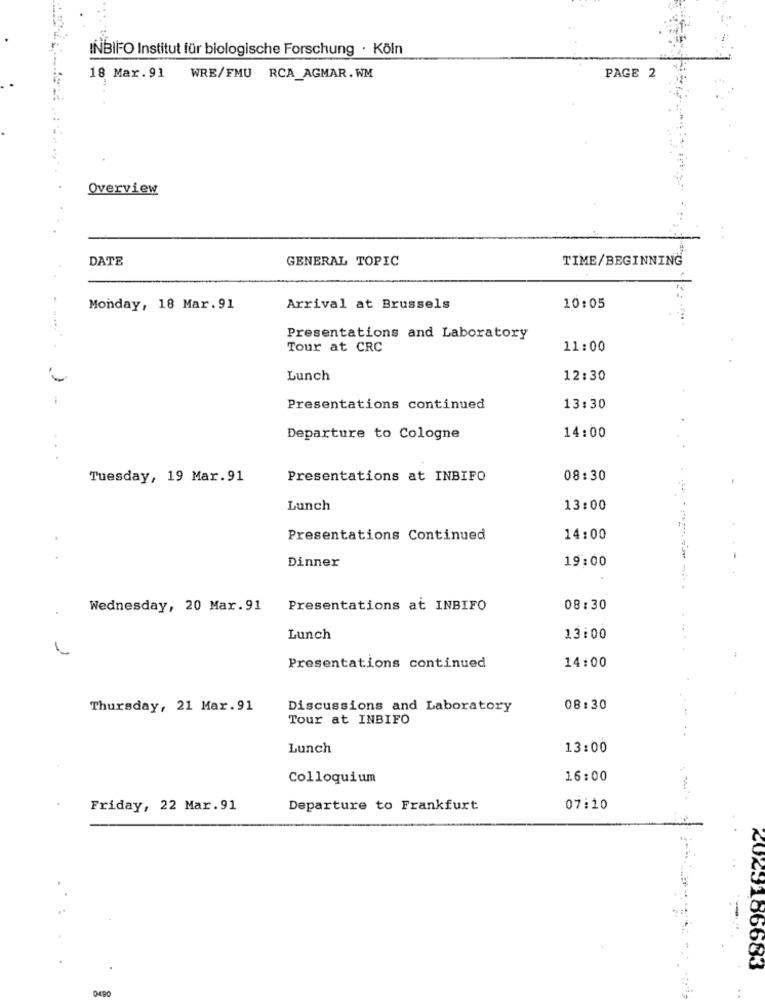
INBIFO Institut für biologische Forschung · Köln
18 Mar.91
WRE/FMU RCA_AGMAR.WM
PAGE 2
Overview
DATE
GENERAL TOPIC
TIME/BEGINNING
Monday, 18 Mar. 91
Arrival at Brussels
10:05
Presentations and Laboratory
Tour at CRC
11:00
Lunch
12:30
Presentations continued
13:30
Departure to Cologne
14:00
Tuesday, 19 Mar.91
Presentations at INBIFO
08:30
Lunch
13:00
Presentations Continued
14:00
..
Dinner
19:00
Wednesday, 20 Mar. 91
Presentations at INBIFO
08:30
Lunch
13:00
Presentations continued
14:00
Thursday, 21 Mar. 91
Discussions and Laboratory
08:30
Tour at INBIFO
Lunch
13:00
Colloquium
16:00
Friday, 22 Mar. 91
Departure to Frankfurt
07:10
2023186683